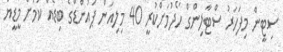
ސިޓީން މިފަހަރު ސްޓާލިންގް ހޯދުމަށްކުރީ 40 މިލިއަން ޕައުންޑްގެ ބިޑެއް ކަމަށް މީޑީޔާ